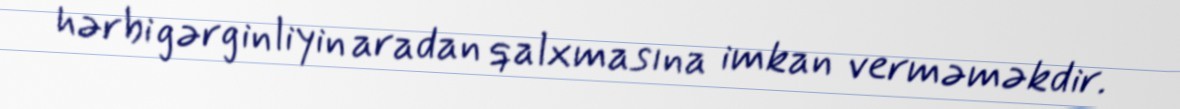
hərbi gərginliyin aradan qalxmasına imkan verməməkdir.